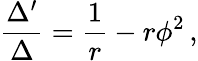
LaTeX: \frac{\Delta^{\prime}}{\Delta}=\frac{1}{r}-r\phi^{2}\, ,